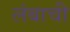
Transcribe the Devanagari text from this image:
लंबाची